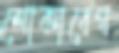
শোকাবেগ